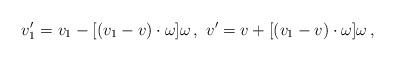
LaTeX: \begin{align*}\begin{aligned}v_1' = v_1 - [ (v_1 - v) \cdot \omega ] \omega \,, \ v' = v + [ (v_1 - v) \cdot \omega ] \omega \,,\end{aligned}\end{align*}